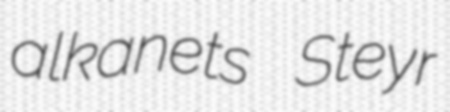
alkanets Steyr